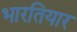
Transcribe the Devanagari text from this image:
भारतियार